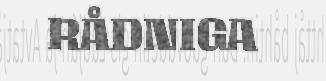
RÅDNIGA